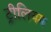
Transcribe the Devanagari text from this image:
ट्रीलियम